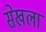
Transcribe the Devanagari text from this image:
सेखला